Annual report on the working of the mental hospitals in the Madras Presidency - 1912-1932
Year: 1912
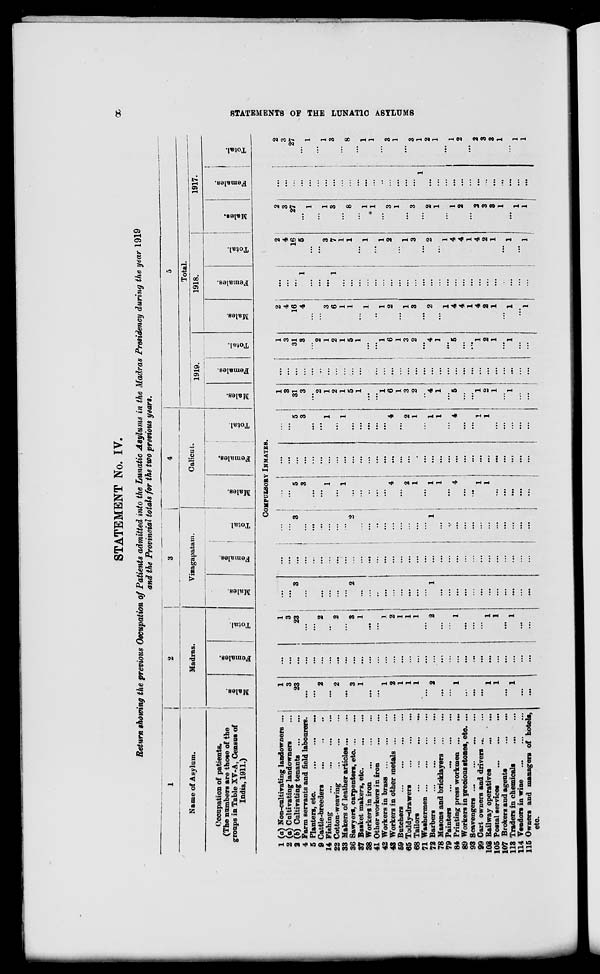
8
STATEMENTS OF THE LUNATIC ASYLUMS
STATEMENT No. IV.
Return showing the previous Occupation of Patients admitted into the Lunatic Asylums in the Madras Presidency during the year 1919
and the Provincial totals for the two previous years.
1
Name of Asylum.
Occupation of patients.
(The numbers are those of the
groups in Table XV-A, Census of
India, 1911.)
2
Madras.
Males.
Females.
Total.
3
Vizagapatam.
Males.
Females.
Total.
4
Calicut.
Males.
Females.
Total.
5
Total.
1919.
Males.
Females.
Total.
1918.
Males.
Females.
Total.
1917.
Males.
Females.
Total.
COMPULSORY INMATES.
1 (a) Non-cultivating landowners ...
2 (a) Cultivating landowners ...
2 (b) Cultivating tenants
...
...
4 Farm servants and field labourers.
5 Planters, etc.
...
...
...
9 Cattle-breeders ... ... ...
14 Fishing
...
...
...
22 Cotton-weaving
...
...
...
33 Makers of leather articles ... ...
36 Sawyers, carpenters, etc. ... ...
37 Basket makers, etc.
...
...
38 Workers in iron
...
...
...
41 Other workers in iron ... ...
42 Workers in brass
...
...
...
43 Workers in other metals
...
...
59 Butchers
...
...
...
...
65 Toddy-drawers
...
...
...
68 Tailors
...
...
...
...
71 Washermen
...
...
...
...
72 Barbers
...
...
...
...
78 Masons and bricklayers
...
...
79 Painters ... ... ... ...
84 Printing press workmen
...
...
89 Workers in precious stones, etc. ...
93 Scavengers
...
...
...
...
99 Cart owners and drivers ... ...
103 Railway operatives
...
...
105 Postal services
...
...
...
107 Brokers and agents
...
...
113 Traders in chemicals ... ...
114 Vendors in wine
...
...
...
115 Owners and managers of hotels,
etc.
1
3
23
...
...
2
...
2
...
3
1
...
...
1
2
1
1
1
...
2
...
...
1
...
...
...
1
1
...
1
...
...
...
...
...
...
...
...
...
...
...
...
...
...
...
...
...
...
...
...
...
...
...
...
...
...
...
...
...
...
...
...
...
...
1
3
23
...
...
2
...
2
...
3
1
...
...
1
2
1
1
1
...
2
...
...
1
...
...
...
1
1
...
1
...
...
...
...
3
...
...
...
...
...
...
2
...
...
...
...
...
...
...
...
...
1
...
...
...
...
...
...
...
...
...
...
...
...
...
...
...
...
...
...
...
...
...
...
...
...
...
...
...
...
...
...
...
...
...
...
...
...
...
...
...
...
...
...
...
...
...
...
3
...
...
...
...
...
...
2
...
...
...
...
...
...
...
...
...
1
...
...
...
...
...
...
...
...
...
...
...
...
...
...
5
3
...
...
1
...
1
...
...
..
...
...
4
...
2
1
...
1
1
...
4
...
...
1
1
...
...
...
...
...
...
...
...
...
...
...
...
...
...
...
...
...
...
...
...
...
...
..
...
...
...
...
...
...
...
...
...
...
...
...
...
...
...
...
5
3
...
...
1
...
1
...
...
...
...
...
4
...
2
1
...
1
1
...
4
...
...
1
1
...
...
...
...
...
1
3
31
3
...
2
1
2
1
5
1
...
...
1
6
1
3
2
..
4
1
...
5
...
...
1
2
1
...
1
...
...
...
...
...
...
...
...
...
...
...
...
...
...
...
...
...
...
...
...
...
...
...
...
...
...
...
...
...
...
...
...
...
...
1
3
31
3
...
2
1
2
1
5
1
...
...
1
6
1
3
2
...
4
1
...
5
...
...
1
2
1
...
1
...
...
2
4
16
4
...
...
3
6
1
1
...
1
..
1
2
...
1
3
...
2
...
1
4
4
1
4
2
1
...
1
...
1
...
...
...
1
...
...
...
1
...
...
...
...
...
...
...
...
...
...
...
...
...
...
...
...
...
...
...
...
...
...
...
...
2
4
16
5
...
...
3
7
1
1
...
1
...
1
2
...
1
3
...
2
...
1
4
4
1
4
2
1
...
1
...
1
2
3
27
...
1
...
1
3
...
8
...
1
1
...
3
1
...
3
...
2
1
...
1
2
...
2
3
3
1
...
1
1
...
...
...
...
...
...
...
...
...
...
...
...
...
...
...
...
...
...
1
...
...
...
...
...
...
...
...
...
...
...
...
...
2
3
27
... 1
...
1
3
...
8
...
1
1
...
3
1
...
3
1
2
1
...
1
2
...
2
3
3
1
...
1
1